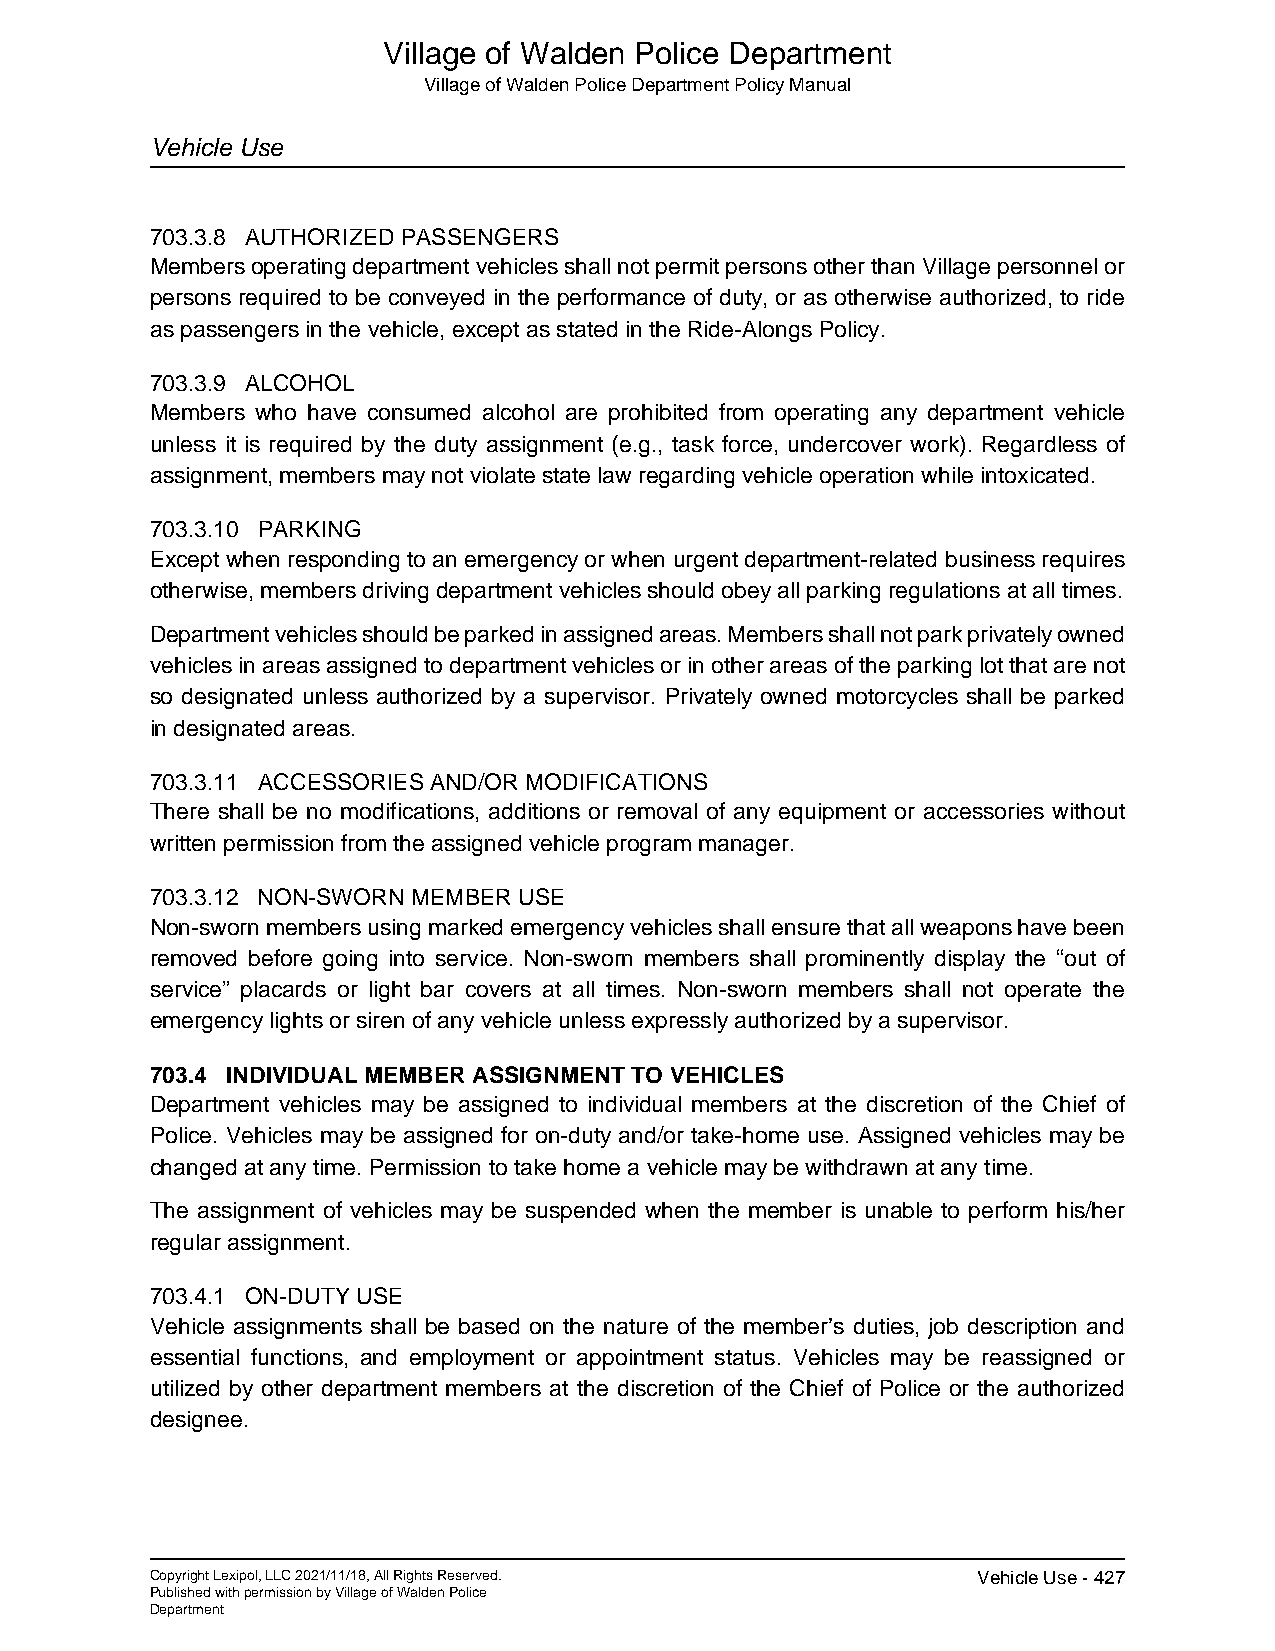
Village of Walden Police Department
 Village of Walden Police Department Policy Manual
 Vehicle Use
 703.3.8 AUTHORIZED PASSENGERS
 Members operating department vehicles shall not permit persons other than Village personnel or
 persons required to be conveyed in the performance of duty, or as otherwise authorized, to ride
 as passengers in the vehicle, except as stated in the Ride-Alongs Policy.
 703.3.9 ALCOHOL
 Members who have consumed alcohol are prohibited from operating any department vehicle
 unless it is required by the duty assignment (e.g., task force, undercover work). Regardless of
 assignment, members may not violate state law regarding vehicle operation while intoxicated.
 703.3.10 PARKING
 Except when responding to an emergency or when urgent department-related business requires
 otherwise, members driving department vehicles should obey all parking regulations at all times.
 Department vehicles should be parked in assigned areas. Members shall not park privately owned
 vehicles in areas assigned to department vehicles or in other areas of the parking lot that are not
 so designated unless authorized by a supervisor. Privately owned motorcycles shall be parked
 in designated areas.
 703.3.11 ACCESSORIES AND/OR MODIFICATIONS
 There shall be no modifications, additions or removal of any equipment or accessories without
 written permission from the assigned vehicle program manager.
 703.3.12 NON-SWORN MEMBER USE
 Non-sworn members using marked emergency vehicles shall ensure that all weapons have been
 removed before going into service. Non-sworn members shall prominently display the “out of
 service” placards or light bar covers at all times. Non-sworn members shall not operate the
 emergency lights or siren of any vehicle unless expressly authorized by a supervisor.
 703.4 INDIVIDUAL MEMBER ASSIGNMENT TO VEHICLES
 Department vehicles may be assigned to individual members at the discretion of the Chief of
 Police. Vehicles may be assigned for on-duty and/or take-home use. Assigned vehicles may be
 changed at any time. Permission to take home a vehicle may be withdrawn at any time.
 The assignment of vehicles may be suspended when the member is unable to perform his/her
 regular assignment.
 703.4.1 ON-DUTY USE
 Vehicle assignments shall be based on the nature of the member’s duties, job description and
 essential functions, and employment or appointment status. Vehicles may be reassigned or
 utilized by other department members at the discretion of the Chief of Police or the authorized
 designee.
 Copyright Lexipol, LLC 2021/11/18, All Rights Reserved. Vehicle Use - 427
 Published with permission by Village of Walden Police
 Department